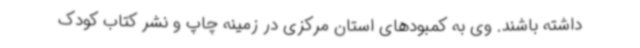
داشته باشند. وی به کمبودهای استان مرکزی در زمینه چاپ و نشر کتاب کودک